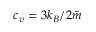
c _ { v } = 3 k _ { B } / 2 \bar { m }